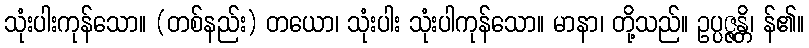
သုံးပါးကုန်သော။ (တစ်နည်း) တယော၊ သုံးပါး သုံးပါကုန်သော။ မာနာ၊ တို့သည်။ ဥပ္ပဇ္ဇန္တိ၊ န်၏။